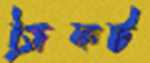
ড্রিফট